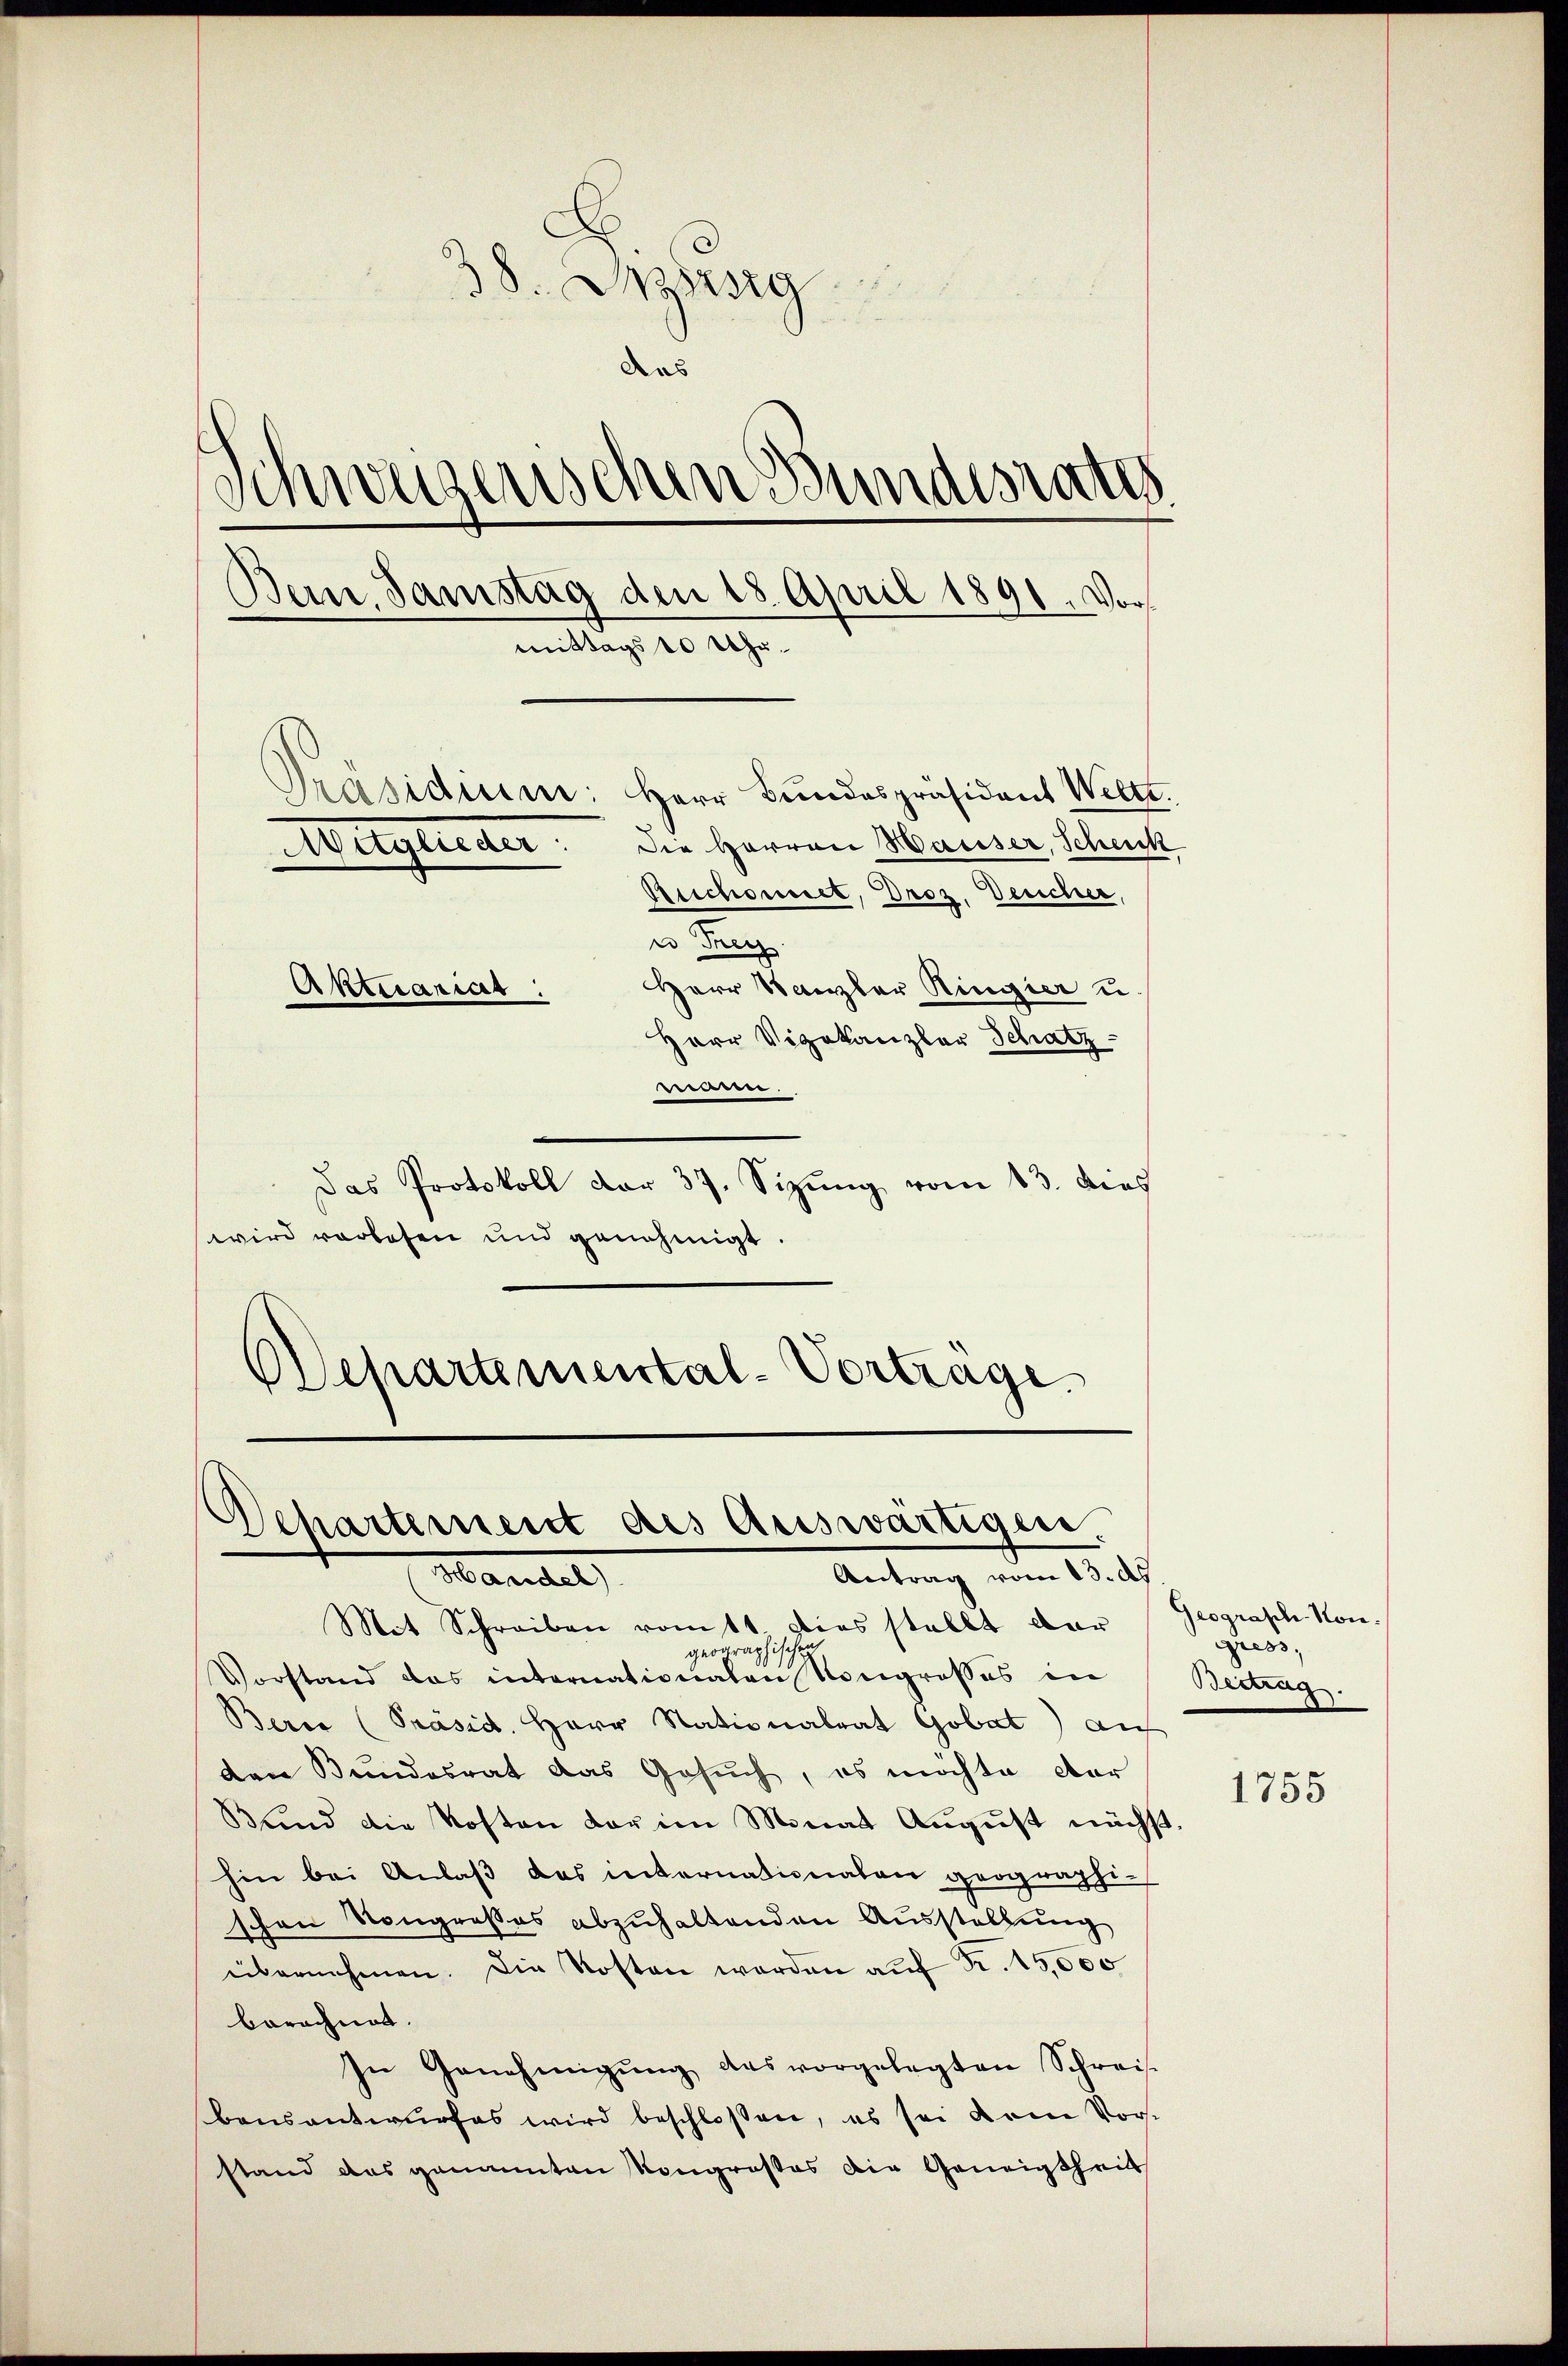
38. Spirsig
Das
Schweigenschen Bundesrat
Bein Samstag den 18. April 1891. Vormittags 10 Uhr.
Präsidium: Herr Bundespräsident Weltt.
Die Herren Hausser, Scheuk
Mitglieder:
Aeschonet, Droz. Deucher,
u Frey
Herr Kanzler Ringier u
Aktuariar
Herr Vizekanzler Schatz
e.

Das Protokoll der 37. Sizung vom 13. dies
wird vorlesen und genehmigt.
DDepartemental-Vortrage

Departement des Auswärtigen.
Antrag vom 13. dh.
Mandel

Mit Schreiben vomtt. Dies stellt dar
geographische
Vorstand das internationalen Kongrosses in
Berca (Präsid. Herr Nationalrat Gobat) auf
den Bundesrat das Gesuch, es möchte dar
Bund die Kosten der im Monat August nächst,
hin bei Anlaß das internationalen geographi-
schen Kongroßes abzuhaltenden Ausstellung
übernehmen. Die Kosten werden aŭf Fr. 15,000
berechnet.
In Genehmigŭng des vorgelegten Schreis-
bensantwurfes wird beschlossen, es sei dem Vorst
stand das genannten Kongrosses die Geneigtheil

Geograph Non.
gress,
Beitrag.

1755